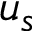
u _ { s }